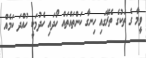
ވީމާ ގެ ތަކުގެ ތެރޭގައި ހިނގާ ކަންތައްތައް ހޯދައި ހެދުމަކީ ހުއްދަ ކަމެއް